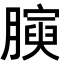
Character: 𭩋